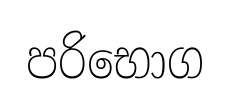
පරිභොග